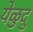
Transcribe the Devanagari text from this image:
येळुदु